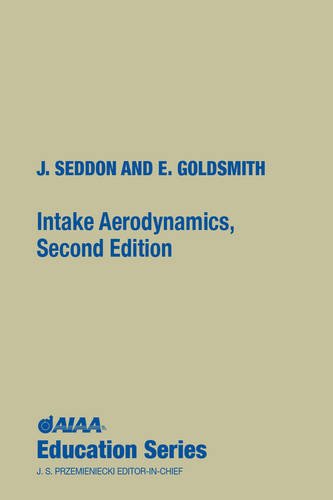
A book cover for Intake Aerodynamics (Aiaa Education Series); E. L. Goldsmith; Science & Math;